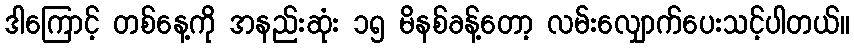
ဒါကြောင့် တစ်နေ့ကို အနည်းဆုံး ၁၅ မိနစ်ခန့်တော့ လမ်းလျှောက်ပေးသင့်ပါတယ်။